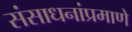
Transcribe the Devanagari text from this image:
संसाधनांप्रमाणे